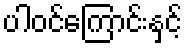
ပါဝင်ကြောင်းနှင့်